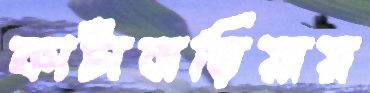
কাটাবাড়িয়ায়